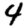
Digit: 4